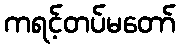
ကရင့်တပ်မတော်